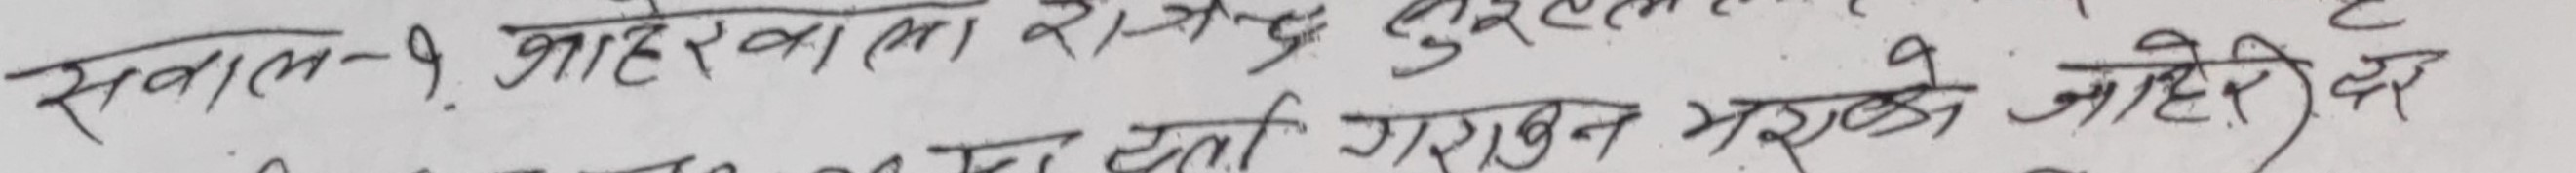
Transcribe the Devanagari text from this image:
सवाल - १. आहारको लागी खर्च सुरक्षीत
गर्दा गरगिन गराउनु आहारको लेव